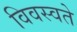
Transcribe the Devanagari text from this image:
विवस्वते